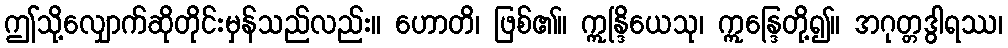
ဤသို့လျှောက်ဆိုတိုင်းမှန်သည်လည်း။ ဟောတိ၊ ဖြစ်၏။ ဣန္ဒြိယေသု၊ ဣန္ဒြေတို့၍။ အဂုတ္တဒွါရဿ၊